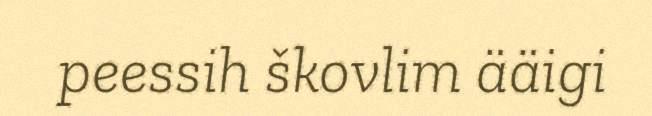
peessih škovlim ääigi